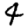
Digit: 4